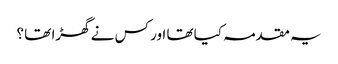
یہ مقدمہ کیا تھا اور کس نے گھڑا تھا ؟